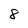
Character: 8